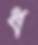
ধ